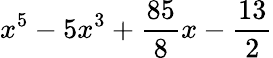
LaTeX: x^{5}-5x^{3}+{\frac{85}{8}}x-{\frac{13}{2}}